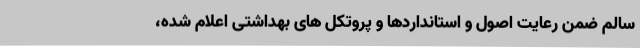
سالم ضمن رعایت اصول و استانداردها و پروتکل های بهداشتی اعلام شده،